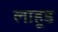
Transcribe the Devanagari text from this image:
लाहूड